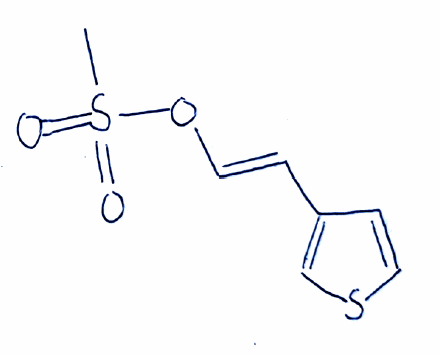
Simplified molecular-input line-entry system (SMILES) notation of the given molecule:
CS(=O)(=O)O/C=C/C1=CSC=C1